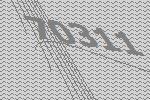
70311